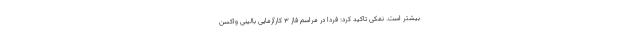
بیشتر است. نمکی تاکید کرد: فردا در مراسم فاز ۳ کارآزمایی بالینی واکسن